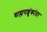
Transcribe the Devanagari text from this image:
बाह्यपशुंकांतर